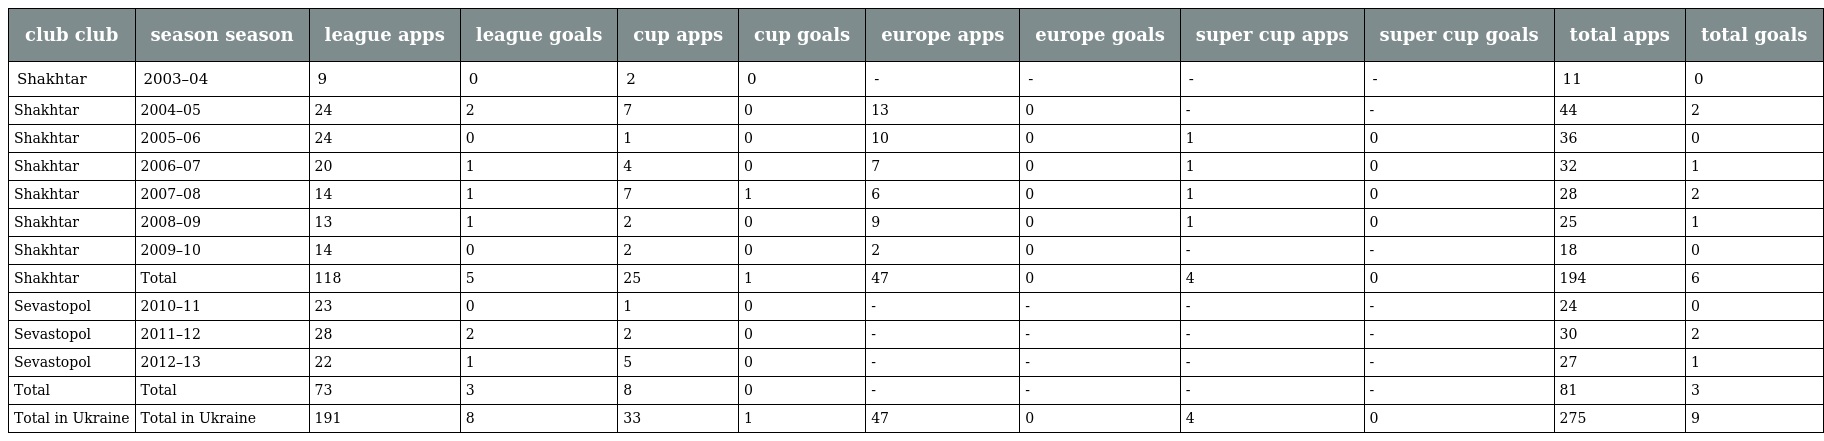
| club club | season season | league apps | league goals | cup apps | cup goals | europe apps | europe goals | super cup apps | super cup goals | total apps | total goals |
 | --- | --- | --- | --- | --- | --- | --- | --- | --- | --- | --- | --- |
 | Shakhtar | 2003–04 | 9 | 0 | 2 | 0 | - | - | - | - | 11 | 0 |
 | Shakhtar | 2004–05 | 24 | 2 | 7 | 0 | 13 | 0 | - | - | 44 | 2 |
 | Shakhtar | 2005–06 | 24 | 0 | 1 | 0 | 10 | 0 | 1 | 0 | 36 | 0 |
 | Shakhtar | 2006–07 | 20 | 1 | 4 | 0 | 7 | 0 | 1 | 0 | 32 | 1 |
 | Shakhtar | 2007–08 | 14 | 1 | 7 | 1 | 6 | 0 | 1 | 0 | 28 | 2 |
 | Shakhtar | 2008–09 | 13 | 1 | 2 | 0 | 9 | 0 | 1 | 0 | 25 | 1 |
 | Shakhtar | 2009–10 | 14 | 0 | 2 | 0 | 2 | 0 | - | - | 18 | 0 |
 | Shakhtar | Total | 118 | 5 | 25 | 1 | 47 | 0 | 4 | 0 | 194 | 6 |
 | Sevastopol | 2010–11 | 23 | 0 | 1 | 0 | - | - | - | - | 24 | 0 |
 | Sevastopol | 2011–12 | 28 | 2 | 2 | 0 | - | - | - | - | 30 | 2 |
 | Sevastopol | 2012–13 | 22 | 1 | 5 | 0 | - | - | - | - | 27 | 1 |
 | Total | Total | 73 | 3 | 8 | 0 | - | - | - | - | 81 | 3 |
 | Total in Ukraine | Total in Ukraine | 191 | 8 | 33 | 1 | 47 | 0 | 4 | 0 | 275 | 9 |